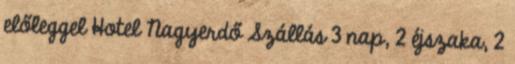
előleggel Hotel Nagyerdő Szállás 3 nap, 2 éjszaka, 2